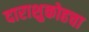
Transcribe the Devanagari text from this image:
दाराशुकोहचा